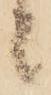
者